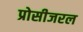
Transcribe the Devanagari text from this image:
प्रोसीजरल